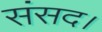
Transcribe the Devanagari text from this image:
संसद।